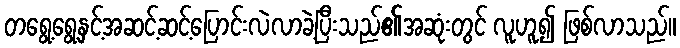
တရွေ့ရွေ့နှင့်အဆင့်ဆင့်ပြောင်းလဲလာခဲ့ပြီးသည်၏အဆုံးတွင် လူဟူ၍ ဖြစ်လာသည်။